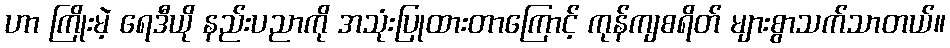
ဟာ ကြိုးမဲ့ ရေဒီယို နည်းပညာကို အသုံးပြုထားတာကြောင့် ကုန်ကျစရိတ် များစွာသက်သာတယ်။